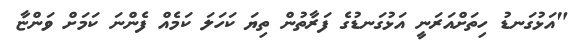
"އަޅުގަނޑު ހިތަށްއަރަނީ އަޅުގަނޑުގެ ފަރާތުން ތިޔަ ކަހަލަ ކަމެއް ފެންނަ ކަމަށް ވަންޏާ